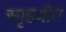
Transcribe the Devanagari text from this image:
स्‍पृहणीय